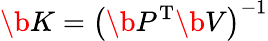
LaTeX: \b{K}=\left(\b{P}^{\mathrm{T}}\b{V}\right)^{-1}